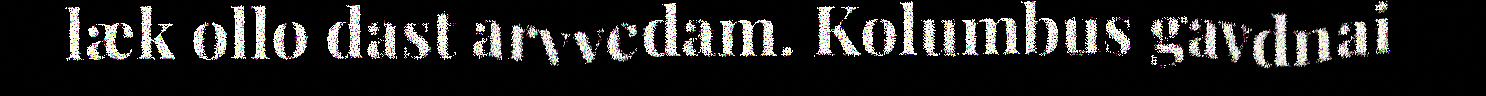
læk ollo dast arvvedam. Kolumbus gavdnai